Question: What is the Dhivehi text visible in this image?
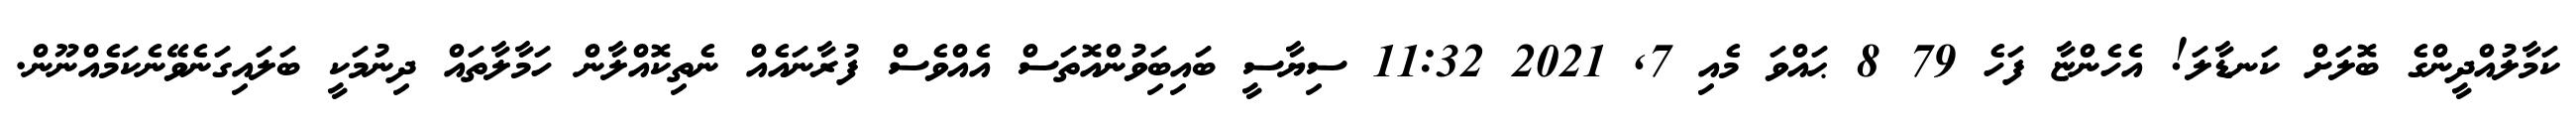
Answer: ކަމާލުއްދީންގެ ބޮލަށް ކަނޑާލަ! އެހެންޏާ ފަހެ 79 8 ޙައްވަ މެއި 7, 2021 11:32 ސިޔާސީ ބައިބަިވުންއޮތަސް އެއްވެސް ފުރާނައެއް ނެތިކޮއްލާން ހަމާލާތައް ދިނުމަކީ ބަލައިގަނެވޭނެކަމެއްނޫން.